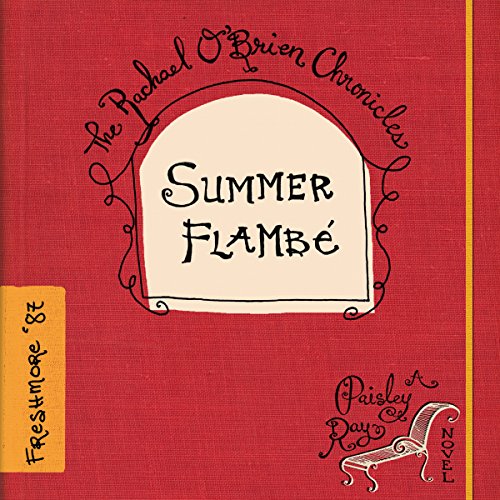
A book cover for Summer FlambÃ¨: The Rachael O'Brien Chronicles, Book 2; Paisley Ray; Literature & Fiction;